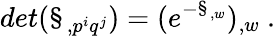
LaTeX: det(\S_{,p^{i}q^{j}})=(e^{-\S_{,w}})_{,w}\ .